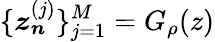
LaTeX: \{ \boldsymbol{z_{n}}^{(j)}\} _{j=1}^{M}=G_{\rho}(z)